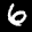
Label: 6